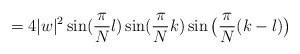
\begin{align*}=4|w|^2\sin ({\frac{\pi}{N}l}) \sin ({\frac{\pi}{N}k}) \sin \big({\frac{\pi}{N}(k-l)}\big)\end{align*}